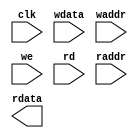
module tq_ram_2p_128x32 (
    				clk     ,
    				wdata   ,
    				waddr   ,
    				we      ,
    				rd      ,
    				raddr   ,
    				rdata  
);

// ********************************************
//                                             
//    Input/Output DECLARATION                    
//                                             
// ********************************************
input               clk      ; 
input [127:0]		wdata    ;
input [4:0]    		waddr    ;
input   			we       ;
input    			rd       ;
input [4:0]  		raddr    ;
output [127:0]   	rdata    ;

// ********************************************
//                                             
//    Logic DECLARATION                 
//                                             
// ********************************************
`ifdef RTL_MODEL
rf_2p #(.Addr_Width(5), .Word_Width(128))	
	   rf_2p_128x32 (
				.clka    ( clk      ),  
				.cena_i  ( ~rd      ),
		        .addra_i ( raddr    ),
		        .dataa_o ( rdata    ),
				.clkb    ( clk      ),     
				.cenb_i  ( ~we      ),  
				.wenb_i  ( ~we      ),   
				.addrb_i ( waddr    ),
				.datab_i ( wdata    )
);
`endif 

`ifdef FPGA_MODEL 
ram_2p_128x32 u_ram_2p_128x32(
	.clock    (clk   ),
	.data     (wdata ),
	.wraddress(waddr ),
	.wren     (we    ),
	.rdaddress(raddr ),
	.rden     (rd    ),
	.q        (rdata )
);
`endif 


`ifdef SMIC13_MODEL

`endif
endmodule